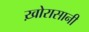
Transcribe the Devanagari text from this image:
ख़ोरासानी